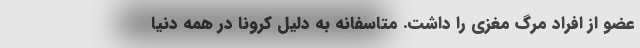
عضو از افراد مرگ مغزی را داشت. متاسفانه به دلیل کرونا در همه دنیا